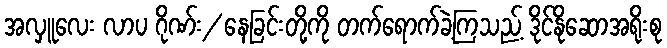
အလှူလေး လာပ ဂိုဏ်း/ နေခြင်းတို့ကို တက်ရောက်ခဲ့ကြသည့် ဒိုင်နိုဆောအရိုးစု